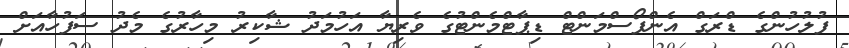
ފުލުހުންގެ ޑްރަގް އެންފޯސްމަންޓް ޑިޕާޓްމެންޓުގެ ވެރިޔާ އަހުމަދު ޝާކިރު މިހާރުގެ މެދު ސަފުހާއަށް